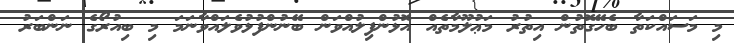
މި މަސައްކަތާ ބެހޭގޮތުން އިތުރު މަޢުލޫމާތެއް އޮޅުންފިލުއްވަން ބޭނުންފުޅުވެލައްވާނަމަ މި ބިއުރޯގެ ނަންބަރު